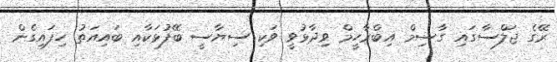
ރޭގެ ޖަލްސާގައި ގާސިމް އިބްރާހީމް ވިދާޅުވީ ވަކި ސިޔާސީ ބޭފުޅަކާއި ބައިއަތު ހިފައިގެން